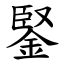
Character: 鋻